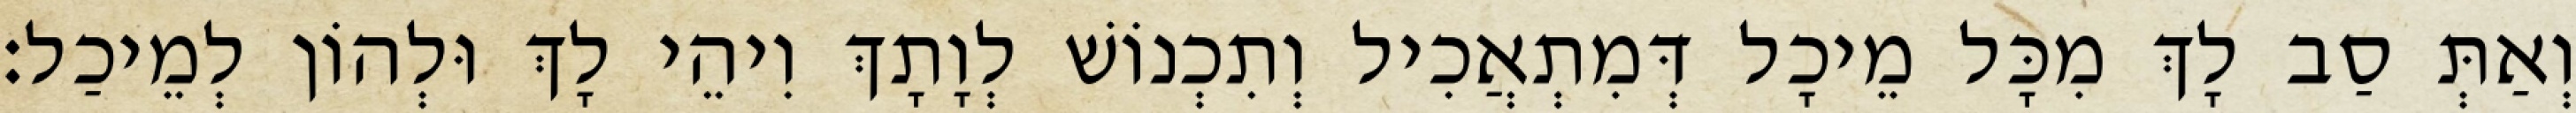
וְאַתְּ סַב לָךְ מִכָּל מֵיכָל דְּמִתְאֲכִיל וְתִכְנוֹשׁ לְוָתָךְ וִיהֵי לָךְ וּלְהוֹן לְמֵיכַל׃